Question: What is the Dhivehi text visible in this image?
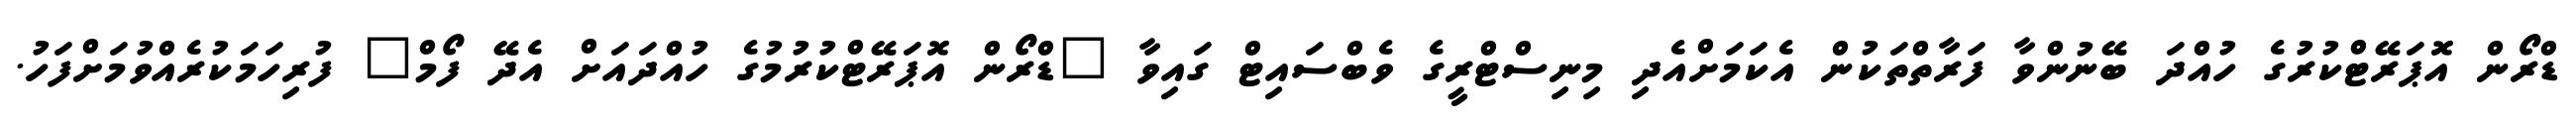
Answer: ޑްރޯން އޮޕަރޭޓްކުރުގެ ހުއްދަ ބޭނުންވާ ފަރާތްތަކުން އެކަމަށްއެދި މިނިސްޓްރީގެ ވެބްސައިޓް ގައިވާ "ޑްރޯން އޮޕަރޭޓްކުރުމުގެ ހުއްދައަށް އެދޭ ފޯމް" ފުރިހަމަކުރެއްވުމަށްފަހު.